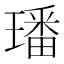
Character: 璠